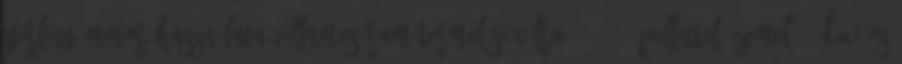
Stirling-motor használata villamosáram-termelési célra, 2009 Pellettel üzemelő 3 kw-os